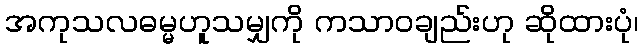
အကုသလဓမ္မဟူသမျှကို ကသာဝချည်းဟု ဆိုထားပုံ၊